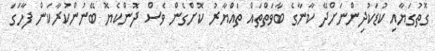
ގޮތުގަޔާއި ކުޑަކުދިންނަށްދޭ ކާނާގެ ބާވަތްތައް ތައްޔާރު ކޮށްގެން ވެސް ދޮންކެޔޮ ބޭނުންކުރާކަން ފާހަގަ